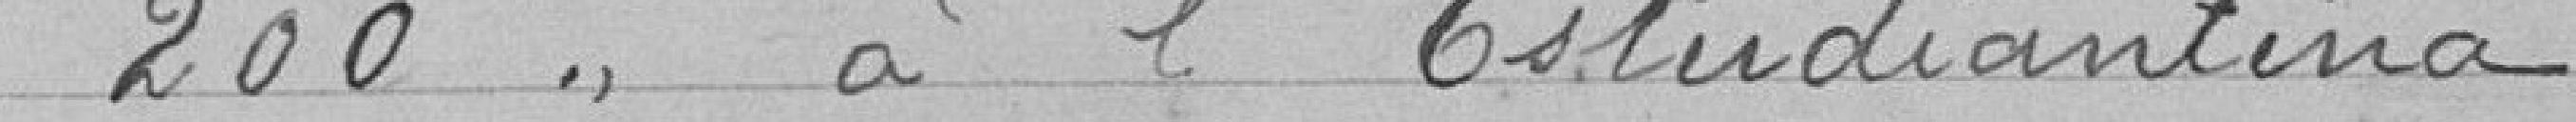
200 " à l'Estudiantina